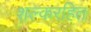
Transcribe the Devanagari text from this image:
शल्करहित